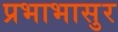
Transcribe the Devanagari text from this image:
प्रभाभासुर